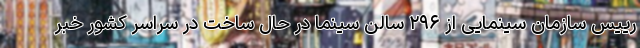
رییس سازمان سینمایی از ۲۹۶ سالن سینما در حال ساخت در سراسر کشور خبر